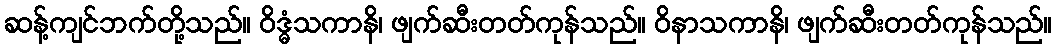
ဆန့်ကျင်ဘက်တို့သည်။ ဝိဒ္ဓံသကာနိ၊ ဖျက်ဆီးတတ်ကုန်သည်။ ဝိနာသကာနိ၊ ဖျက်ဆီးတတ်ကုန်သည်။